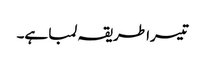
تیسرا طریقہ لمبا ہے۔